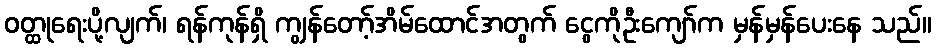
ဝတ္ထုရေးပို့လျက်၊ ရန်ကုန်ရှိ ကျွန်တော့်အိမ်ထောင်အတွက် ငွေကိုဦးကျော်က မှန်မှန်ပေးနေ သည်။